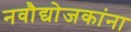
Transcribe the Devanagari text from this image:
नवौद्योजकांना